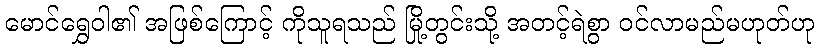
မောင်ရွှေဝါ၏ အဖြစ်ကြောင့် ကိုသူရသည် မြို့တွင်းသို့ အတင့်ရဲစွာ ဝင်လာမည်မဟုတ်ဟု